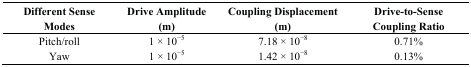
| Different Sense Modes | Drive Amplitude (m) | Coupling Displacement (m) | Drive-to-Sense Coupling Ratio |
 | --- | --- | --- | --- |
 | Pitch/roll | 1 × 10−5 | 7.18 × 10−8 | 0.71% |
 | Yaw | 1 × 10−5 | 1.42 × 10−8 | 0.13% |